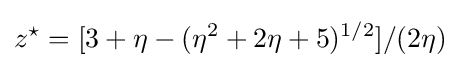
z^{\star }=[3+\eta -(\eta ^{2}+2\eta +5)^{1/2}]/(2\eta )